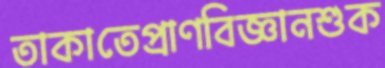
তাকাতেপ্রাণবিজ্ঞানশুক